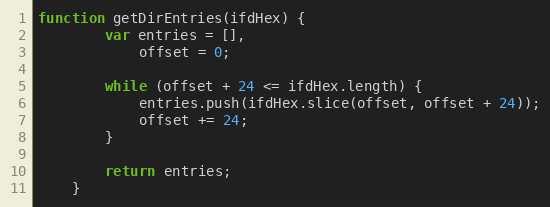
Language: JavaScript
function getDirEntries(ifdHex) {
        var entries = [],
            offset = 0;

        while (offset + 24 <= ifdHex.length) {
            entries.push(ifdHex.slice(offset, offset + 24));
            offset += 24;
        }

        return entries;
    }